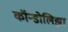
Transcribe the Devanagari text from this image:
कॉन्डोलिझा